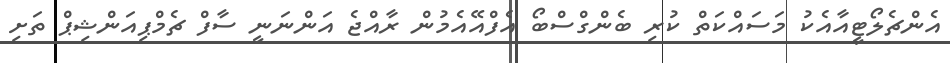
އެންޗެލޯޓީއާއެކު މަސައްކަތް ކުރި ބެންގްސްބޯ އެފްއޭއެމުން ރާއްޖެ އަންނަނީ ސާފް ޗެމްޕިއަންޝިޕް ތަށި